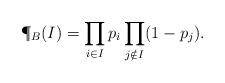
LaTeX: \begin{align*} \P_B(I)=\prod_{i \in I}p_i\prod_{j \notin I}(1-p_j).\end{align*}